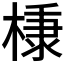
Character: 𭫗